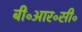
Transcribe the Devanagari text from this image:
बी॰आर॰सी॰